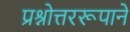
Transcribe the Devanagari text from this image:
प्रश्नोत्तररूपाने